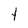
Character: t